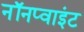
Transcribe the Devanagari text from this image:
नॉनप्वाइंट